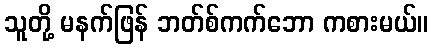
သူတို့ မနက်ဖြန် ဘတ်စ်ကက်ဘော ကစားမယ်။